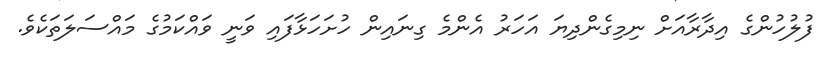
ފުލުހުންގެ އިދާރާއަށް ނިމިގެންދިޔަ އަހަރު އެންމެ ގިނައިން ހުށަހަޅާފައި ވަނީ ވައްކަމުގެ މައްސަލަތަކެވެ.